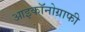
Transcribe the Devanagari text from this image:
आइकॉनोग्राफी